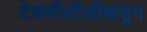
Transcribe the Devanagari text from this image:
टेक्नॉलॉजीकडून